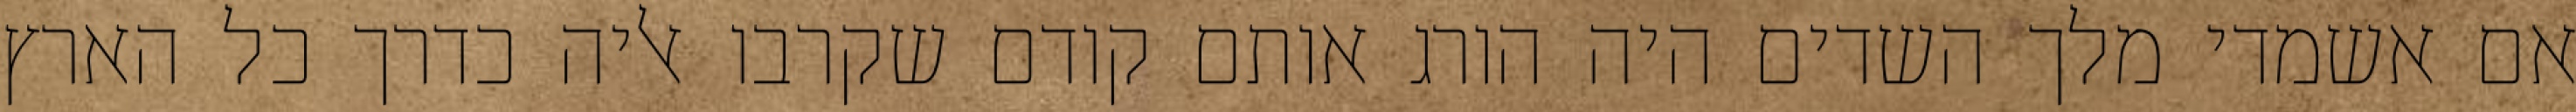
אם אשמדי‏ מלך השדים היה הורג אותם קודם שקרבו אליה כדרך כל הארץ